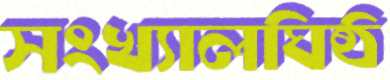
সংখ্যালঘিষ্ঠ